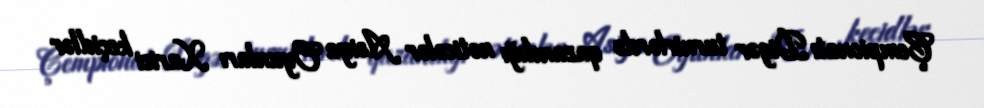
Çempionatı Digər turnirlərdə qazandığı nəticələr Asiya Oyunları Xarici keçidlər